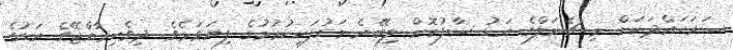
ސަރަޙައްދަކަށް މި ޗެނަލްގެ އަޑު ސާފުކޮށް ލިބޭނެ މަގުފަހިކުރުމުގެ ފިޔަވަޅެވެ. ދިވެހިރާއްޖޭގެ އަޑުގެ